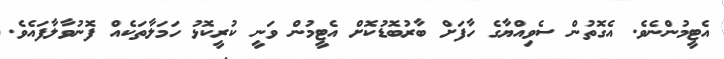
އެޓީމުންނެވެ. އެގޮތުން ސެވިއްޔާގެ ހާފަށް ބާރުބޮޑުކޮށް އެޓީމުން ވަނީ ކުރީކޮޅު ހަމަލާތަކެއް ފޮނުވާލާފައެވެ.